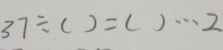
3 7 \div ( ) = ( ) \cdots 2